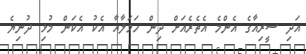
އަދި ސީރިއާގެ އެންމެ އެތެރެއަށް ދިން ހަމަލާއާ އެކު އެކަން މުޅި ދުނިޔެ